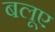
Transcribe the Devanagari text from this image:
बलूए